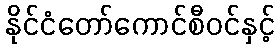
နိုင်ငံတော်ကောင်စီဝင်နှင့်